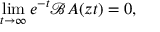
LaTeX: \operatorname* { l i m } _ { t \rightarrow \infty } e ^ { - t } \mathcal B A ( z t ) = 0 ,